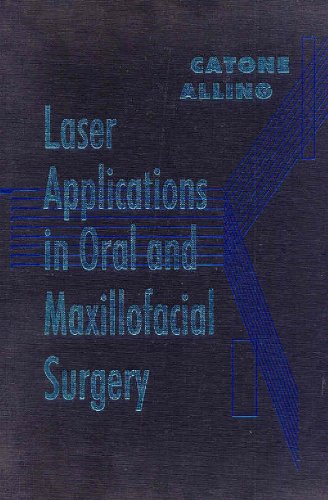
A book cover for Laser Applications in Oral and Maxillofacial Surgery, 1e; Guy A. Catone DMD; Medical Books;